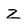
Character: Z